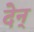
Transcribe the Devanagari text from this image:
देन्